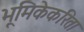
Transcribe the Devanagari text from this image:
भूमिकेकरिता